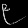
Digit: ၉